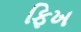
ફિખ